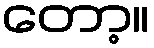
တော့။